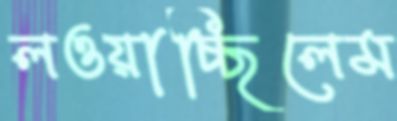
লওয়াচ্ছিলেম